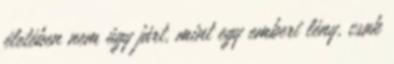
életében nem úgy járt, mint egy emberi lény, csak